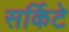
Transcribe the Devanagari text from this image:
सर्किटे